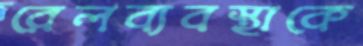
রেলব্যবস্থাকে